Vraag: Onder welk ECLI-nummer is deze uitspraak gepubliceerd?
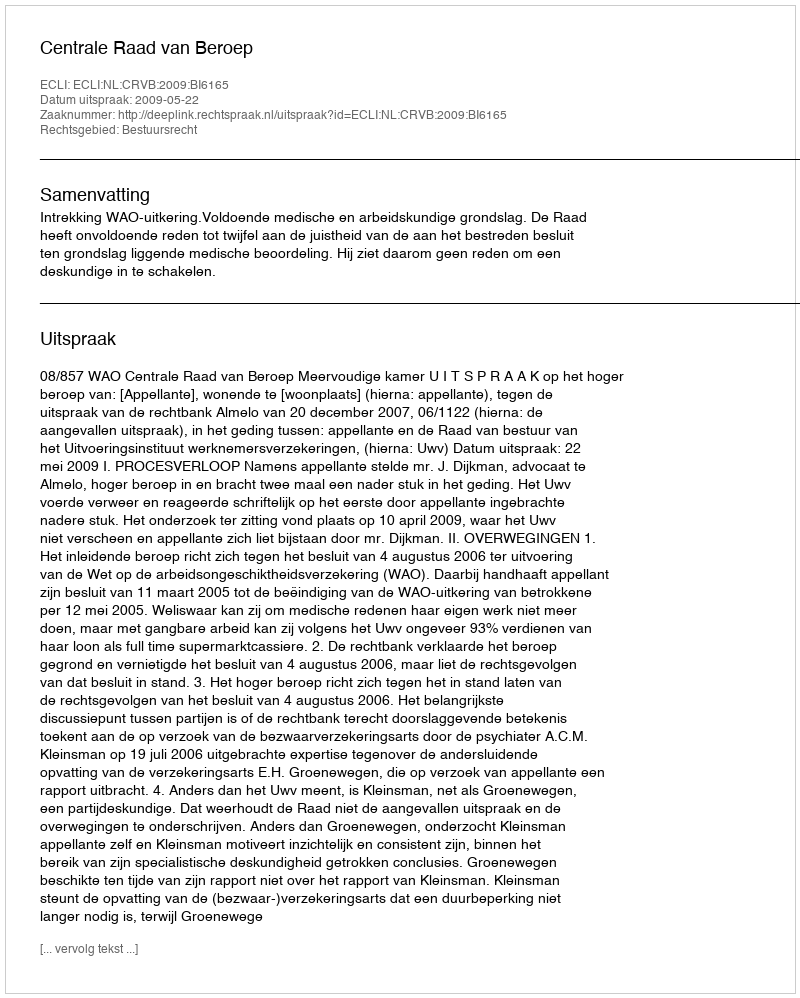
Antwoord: ECLI:NL:CRVB:2009:BI6165